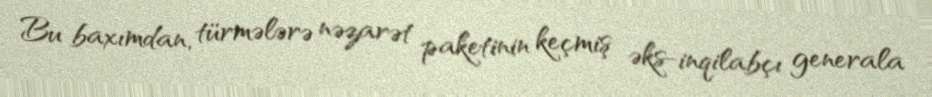
Bu baxımdan, türmələrə nəzarət paketinin keçmiş əks-inqilabçı generala